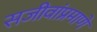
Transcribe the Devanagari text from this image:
सजीवांप्रमाणे